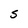
Character: S